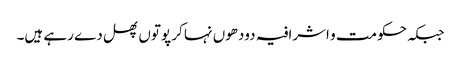
جبکہ حکومت و اشرافیہ دودھوں نہا کر پوتوں پھل دے رہے ہیں۔